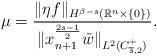
LaTeX: \begin{align*}\mu=\frac{\|\eta f\|_{H^{\beta-s}(\mathbb{R}^{n}\times\{0\})}}{\|x_{n+1}^{\frac{2s-1}{2}}\tilde{w}\|_{L^{2}(C_{\overline{s},2}^{+})}}.\end{align*}